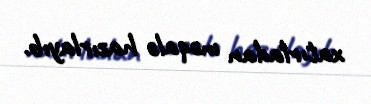
xatırladan məqalə hazırlayıb.